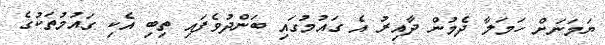
ޔަމަނަށް ހަމަލާ ދެމުން ދާއިރު އެ ގައުމުގައި ބަންދުވެފައި ތިބި އެކި ގައުމުތަކުގެ